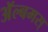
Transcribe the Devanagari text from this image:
अॅल्बमस्